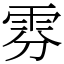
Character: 雰